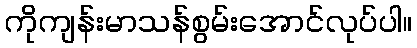
ကိုကျန်းမာသန်စွမ်းအောင်လုပ်ပါ။